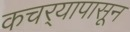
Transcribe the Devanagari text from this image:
कचर्‍यापासून